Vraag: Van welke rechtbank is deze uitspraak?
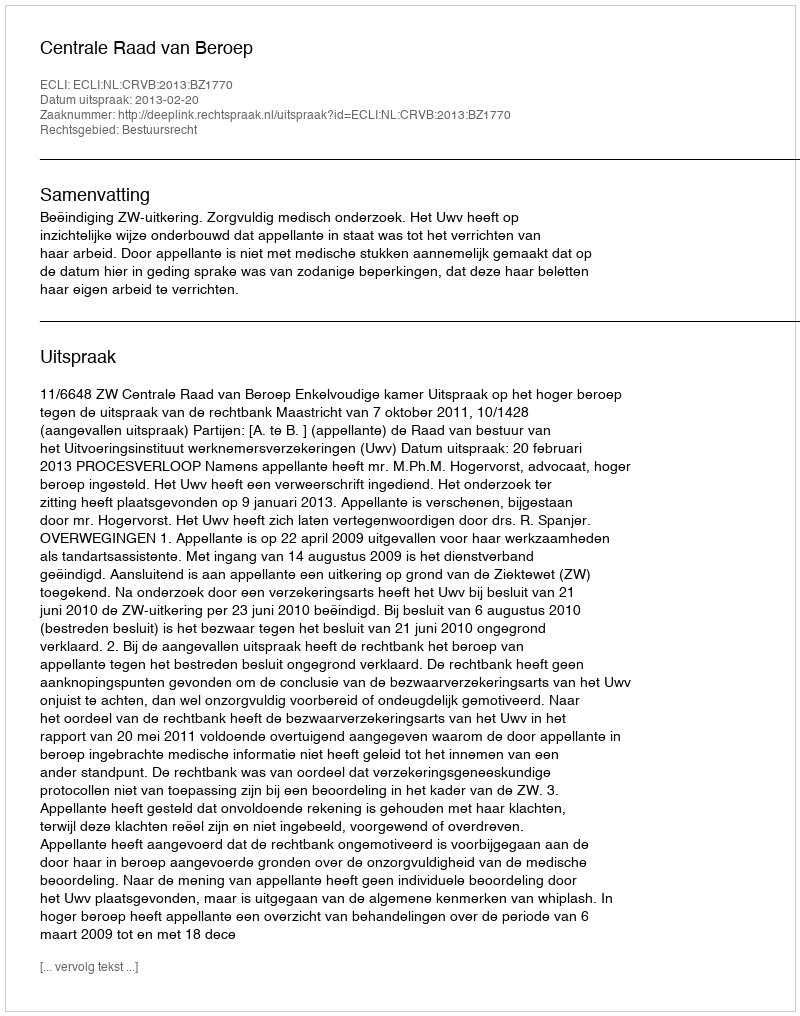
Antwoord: Centrale Raad van Beroep